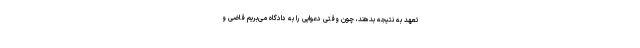
تعهد به نتیجه بدهند،‌ چون وقتی دعوایی را به دادگاه می‌بریم قاضی و